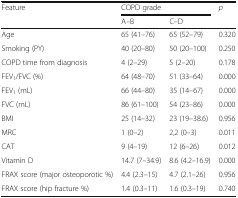
<table><thead><tr><td rowspan="2"><b>Feature</b></td><td colspan="2"><b>COPD grade</b></td><td rowspan="2"><b><i>p</i></b></td></tr><tr><td><b>A–B</b></td><td><b>C–D</b></td></tr></thead><tbody><tr><td>Age</td><td>65 (41–76)</td><td>65 (52–79)</td><td>0.320</td></tr><tr><td>Smoking (PY)</td><td>40 (20–80)</td><td>50 (20–100)</td><td>0.250</td></tr><tr><td>COPD time from diagnosis</td><td>4 (2–29)</td><td>5 (2–20)</td><td>0.178</td></tr><tr><td>FEV<sub>1</sub>/FVC (%)</td><td>64 (48–70)</td><td>51 (33–64)</td><td>0.000</td></tr><tr><td>FEV<sub>1</sub> (mL)</td><td>66 (44–80)</td><td>35 (14–67)</td><td>0.000</td></tr><tr><td>FVC (mL)</td><td>86 (61–100)</td><td>54 (23–86)</td><td>0.000</td></tr><tr><td>BMI</td><td>25 (14–32)</td><td>23 (19–38.6)</td><td>0.956</td></tr><tr><td>MRC</td><td>1 (0–2)</td><td>2,2 (0–3)</td><td>0.011</td></tr><tr><td>CAT</td><td>9 (4–19)</td><td>12 (6–26)</td><td>0.012</td></tr><tr><td>Vitamin D</td><td>14.7 (7–34.9)</td><td>8.6 (4.2–16.9)</td><td>0.000</td></tr><tr><td>FRAX score (major osteoporotic %)</td><td>4.4 (2.3–15)</td><td>4.7 (2.1–26)</td><td>0.956</td></tr><tr><td>FRAX score (hip fracture %)</td><td>1.4 (0.3–11)</td><td>1.6 (0.3–19)</td><td>0.740</td></tr></tbody></table>